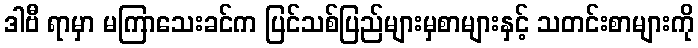
ဒါဗီ ရာမှာ မကြာသေးခင်က ပြင်သစ်ပြည်များမှစာများနှင့် သတင်းစာများကို